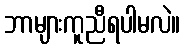
ဘာများကူညီရပါမလဲ။